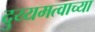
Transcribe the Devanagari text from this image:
दुय्यमत्वाच्या